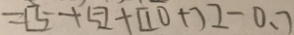
= [ 5 + 5 ] + [ 1 0 + 7 ] - 0 . 7